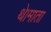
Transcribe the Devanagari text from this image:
थे।माता